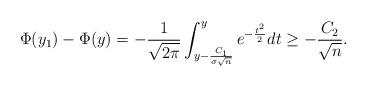
LaTeX: \begin{align*}\Phi(y_1) - \Phi(y) = - \frac{1}{\sqrt{2\pi}} \int_{y - \frac{C_1}{\sigma \sqrt{n}}}^{y} e^{-\frac{t^2}{2}} dt \geq -\frac{C_2}{\sqrt{n}}.\end{align*}